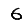
Digit: 6